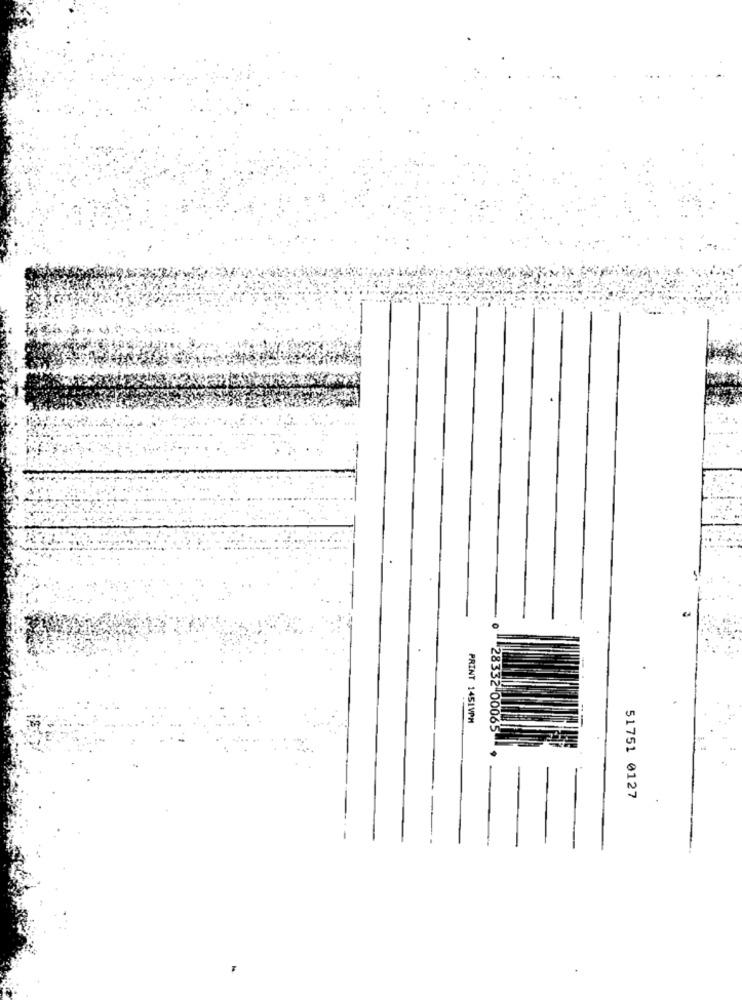
PRINT 1451VPM
28332 00065
51751 0127